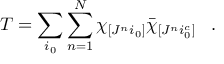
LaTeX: T = \sum _ { i _ { 0 } } \sum _ { n = 1 } ^ { N } \chi _ { [ J ^ { n } i _ { 0 } ] } \bar { \chi } _ { [ J ^ { n } i _ { 0 } ^ { c } ] } \; \; \; .